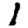
Digit: 1